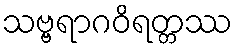
သဗ္ဗရာဂဝိရတ္တဿ